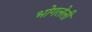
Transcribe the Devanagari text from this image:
भोगलेली